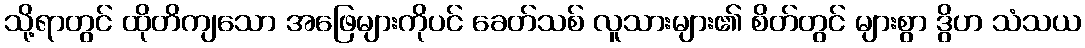
သို့ရာတွင် ထိုတိကျသော အဖြေများကိုပင် ခေတ်သစ် လူသားများ၏ စိတ်တွင် များစွာ ဒွိဟ သံသယ